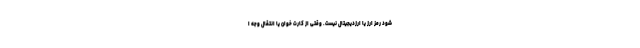
شود رمز ارز یا ارزدیجیتال نیست. وقتی از کارت خوان یا انتقال وجه ا